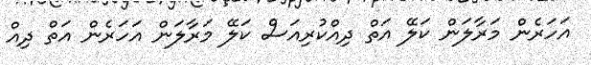
އަހަރެން މަރާލަން ކަލޭ އަތް ދިއްކުރިއަސް ކަލޭ މަރާލަން އަހަރެން އަތް ދިއް